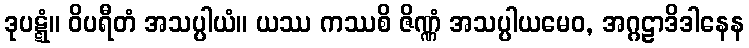
ဒုပဋ္ဋံ။ ဝိပရီတံ အသပ္ပါယံ။ ယဿ ကဿစိ ဇိဏ္ဏံ အသပ္ပါယမေဝ, အဂ္ဂဠာဒိဒါနေန